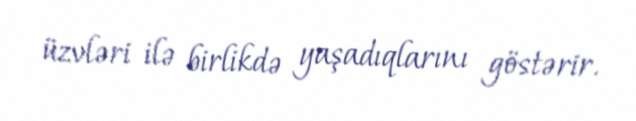
üzvləri ilə birlikdə yaşadıqlarını göstərir.